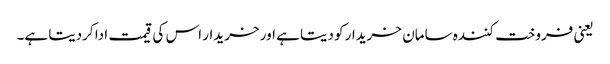
یعنی فروخت کنندہ سامان خریدار کو دیتا ہے اور خریدار اس کی قیمت ادا کردیتا ہے۔